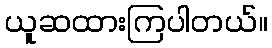
ယူဆထားကြပါတယ်။